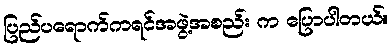
ပြည်ပရောက်ကရင်အဖွဲ့အစည်း က ပြောပါတယ်။